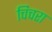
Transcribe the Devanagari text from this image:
चिचरा